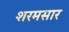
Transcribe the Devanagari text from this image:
शरमसार